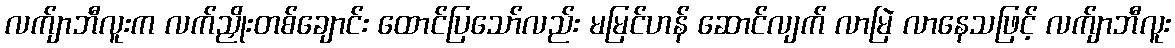
လက်ျာဘီလူးက လက်ညှိုးတစ်ချောင်း ထောင်ပြသော်လည်း မမြင်ဟန် ဆောင်လျက် လာမြဲ လာနေသဖြင့် လက်ျာဘီလူး